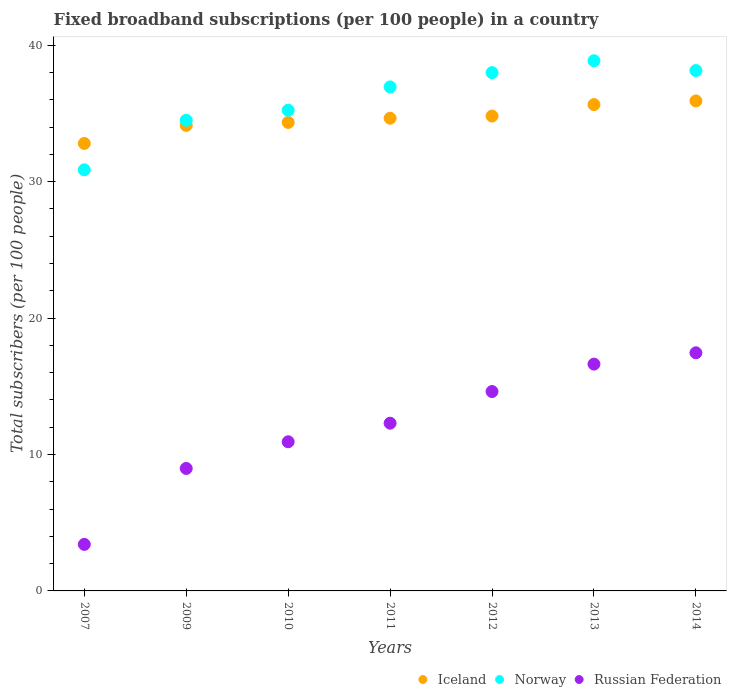
| Years | Iceland | Norway | Russian Federation |
 | --- | --- | --- | --- |
 | 2007 | 32.8 | 30.9 | 3.41 |
 | 2009 | 34.1 | 34.5 | 8.98 |
 | 2010 | 34.3 | 35.2 | 10.9 |
 | 2011 | 34.6 | 36.9 | 12.3 |
 | 2012 | 34.8 | 38 | 14.6 |
 | 2013 | 35.6 | 38.9 | 16.6 |
 | 2014 | 35.9 | 38.1 | 17.5 |